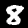
Label: 8